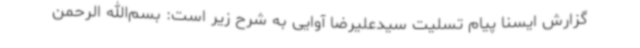
گزارش ایسنا پیام تسلیت سیدعلیرضا آوایی به شرح زیر است: بسم‌الله الرحمن